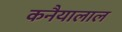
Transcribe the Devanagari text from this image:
कनैयालाल